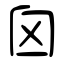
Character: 囟